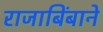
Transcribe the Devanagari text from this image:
राजाबिंबाने